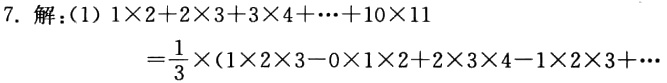
7. 解：(1) \(1\times2 + 2\times3+3\times4+\cdots + 10\times11\)
\(=\frac{1}{3}\times(1\times2\times3 - 0\times1\times2+2\times3\times4 - 1\times2\times3+\cdots\)